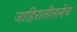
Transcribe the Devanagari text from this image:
जाहिरातीतलेच